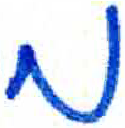
אות: מ